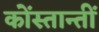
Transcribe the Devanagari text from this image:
कोंस्तान्तीं